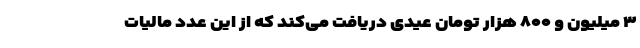
۳ میلیون و ۸۰۰ هزار تومان عیدی دریافت می‌کند که از این عدد مالیات